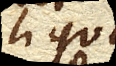
liquori